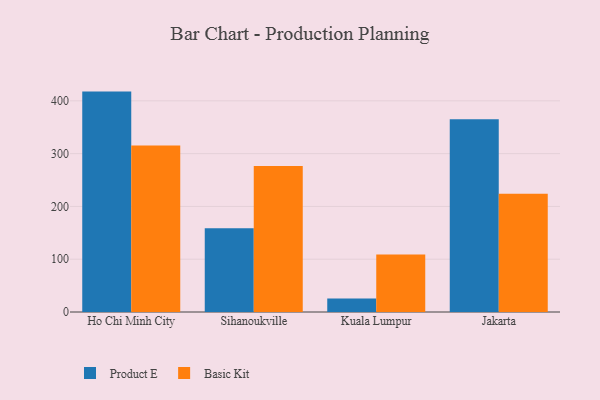
{"axis": {"x": "City", "y": "Gross Profit (USD K)"}, "legend": ["Basic Kit", "Product E"], "data": [{"x": "Ho Chi Minh City", "y": 417.5, "type": "Product E"}, {"x": "Ho Chi Minh City", "y": 315.2, "type": "Basic Kit"}, {"x": "Sihanoukville", "y": 158.5, "type": "Product E"}, {"x": "Sihanoukville", "y": 276.5, "type": "Basic Kit"}, {"x": "Kuala Lumpur", "y": 25.5, "type": "Product E"}, {"x": "Kuala Lumpur", "y": 109.1, "type": "Basic Kit"}, {"x": "Jakarta", "y": 365.2, "type": "Product E"}, {"x": "Jakarta", "y": 224.0, "type": "Basic Kit"}]}